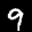
Label: 9